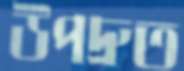
উপদ্রুত